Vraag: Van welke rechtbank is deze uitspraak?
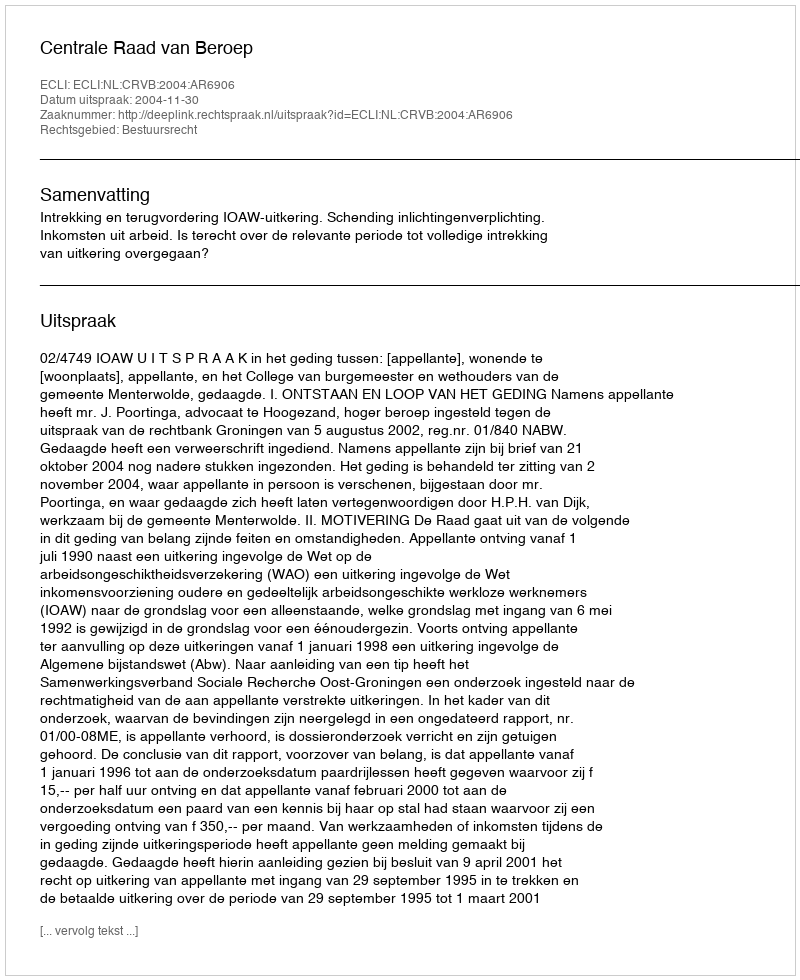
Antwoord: Centrale Raad van Beroep